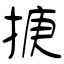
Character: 掶